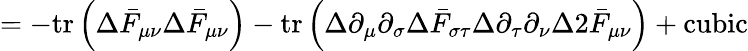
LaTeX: =-\mathrm{tr}\left(\Delta\bar{F}_{\mu\nu}\Delta\bar{F}_{\mu\nu}\right)-\mathrm{tr}\left(\Delta\partial_{\mu}\partial_{\sigma}\Delta\bar{F}_{\sigma\tau}\Delta\partial_{\tau}\partial_{\nu}\Delta 2\bar{F}_{\mu\nu}\right)+\textrm{cubic}